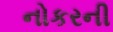
નોકરની